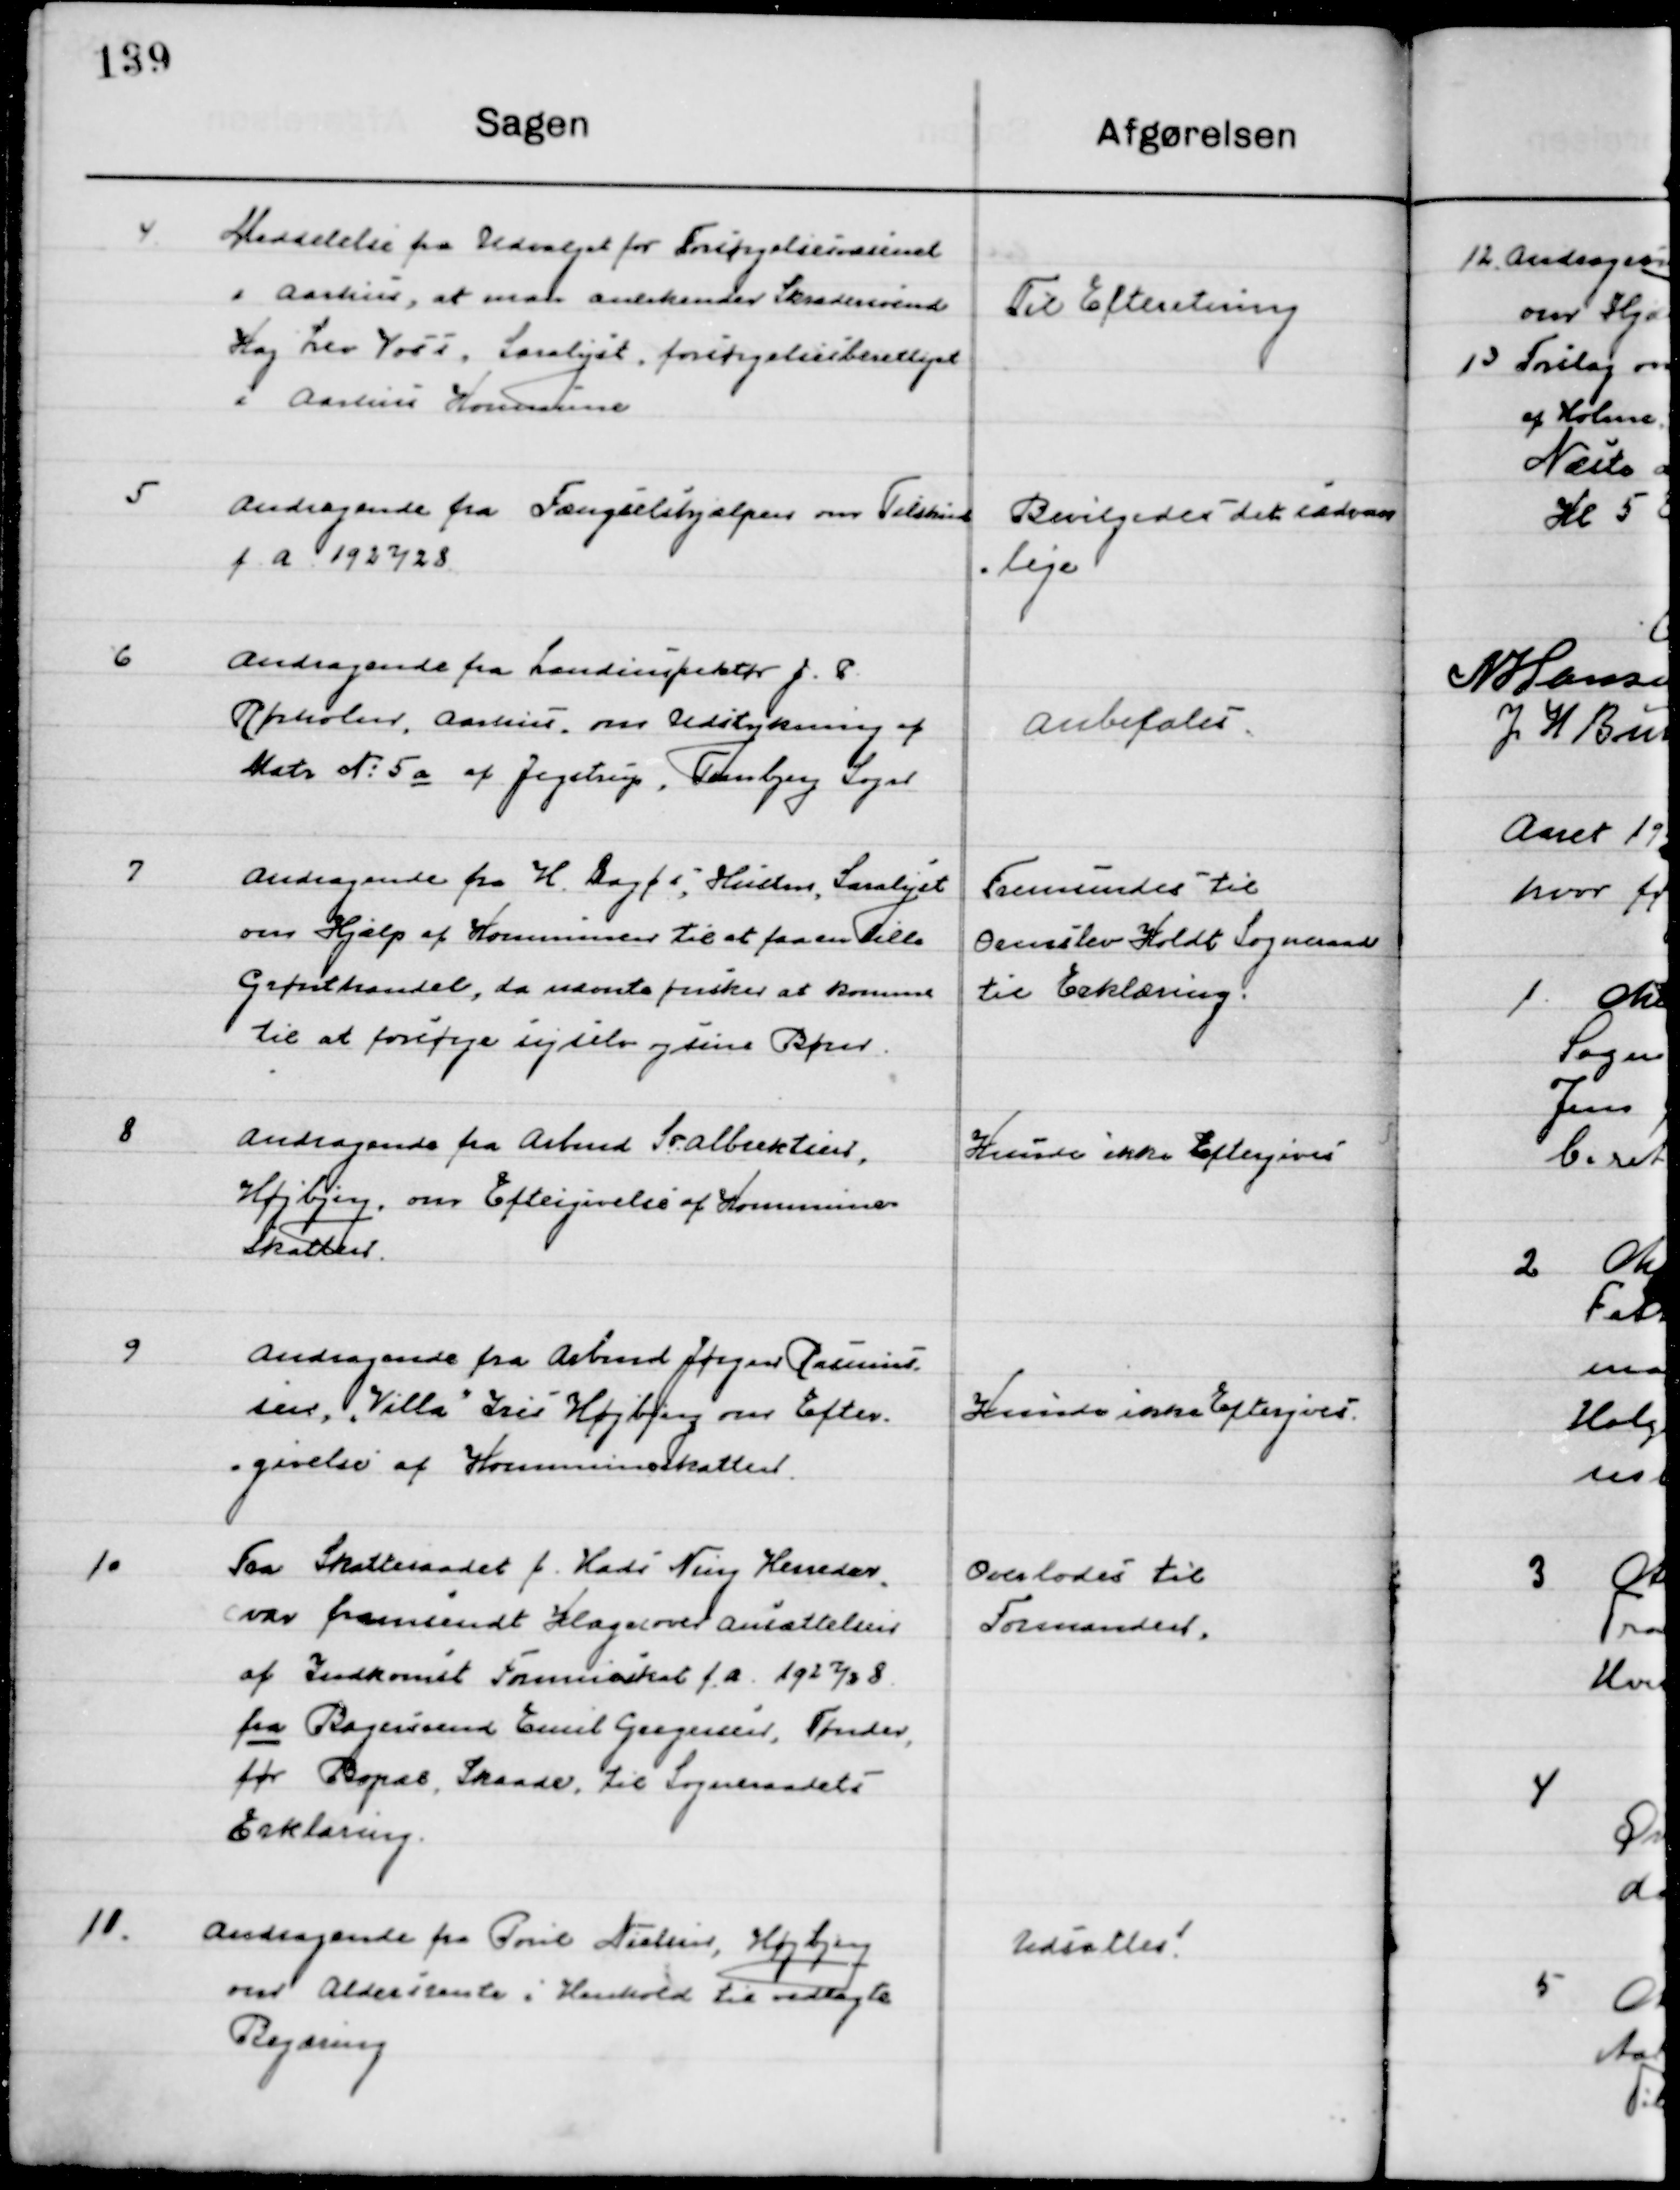
Transskription:
4

Meddelelse fra Udvalget for Forsørgelsesvæsenet
i Aarhus, at man anerkender Skræddersvend 
Kaj Leo Voss, Saralyst. Forsørgelsesberettiget 	
I Aarhus Kommune.

Til Efterretning

5

Andragende fra fængselshjælpen om Tilskud
f. a. 1927/28.

Bevilgedes det sædvan-	
lige

6

Andragende fra Landinspektør J. P.
Rørholm, Aarhus, om Udstykning af 
Matr. No. 5 a af Jegstrup, Tranbjerg Sogn

Anbefales

7

Andragende fra H. Bogø, Huden, Saralyst
om Hjælp af Kommunen til at faa en lille
Grønthandel, da nævnte fisker ønsker at komme 
til at forsørge sig selv og sine Børn

Fremsendes til
Ormslev Koldt Sogneraad
Til Erklæring

8

Andragende fra Arbmd. Sralbæktiers, 
Højbjerg, om Eftergivelse af Kommunes 
Skatten

Kunde ikke Eftergives

9

Andragende fra Arbmd. Jørgen Rasmus-
sen, ”Villa” Iris Højbjerg om Efter-
givelse af Kommuneskatten

Kunde ikke Eftergives

10

Fra Skatteraadet f. Hads Ning Herreders
var fremsendt Klage over Ansættelsen
af Indkomst Formueskat f. a. 1927 / 28
fra Bagersvend Emil Gregersen, Tønder, 
før Bopæl, Skaade, til Sogneraadets
Erklæring.

Overlodes til 
Formanden

11

Andragende fra Poul Nielsen, Højbjerg
om Aldersrente i Henhold til vedlagte
Begæring.

Udsættes